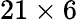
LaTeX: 21\times 6